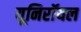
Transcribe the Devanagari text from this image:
यूनिरॉयल